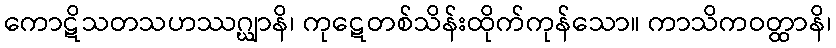
ကောဋိသတသဟဿဂ္ဃျာနိ၊ ကုဋေတစ်သိန်းထိုက်ကုန်သော။ ကာသိကဝတ္ထာနိ၊